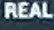
REAL